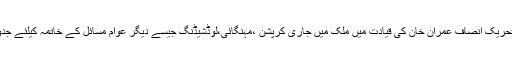
انہوں نے کہا کہ تحریک انصاف عمران خان کی قیادت میں ملک میں جاری کرپشن ،مہنگائی،لوڈشیڈنگ جیسے دیگر عوام مسائل کے خاتمہ کیلئے جدوجہد کر رہی ہے۔